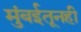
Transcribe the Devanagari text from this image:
मुंबईतूनही